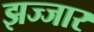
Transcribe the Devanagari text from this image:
झज्जार